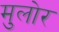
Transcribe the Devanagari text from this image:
मुलोर